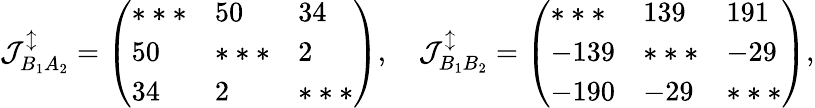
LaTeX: \mathcal{J}_{B_{1}A_{2}}^{\updownarrow}=\left(\begin{array}{lll}{***}&{50}&{34}\\ {50}&{***}&{2}\\ {34}&{2}&{***}\end{array}\right),\quad\mathcal{J}_{B_{1}B_{2}}^{\updownarrow}=\left(\begin{array}{lll}{***}&{139}&{191}\\ {-139}&{***}&{-29}\\ {-190}&{-29}&{***}\end{array}\right),